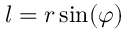
l = r \sin ( \varphi )